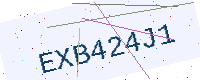
Text: EXB424J1